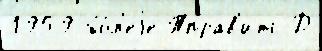
1959 бо́л'еjе Тправ'ить Д